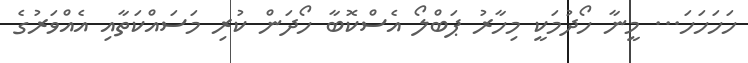
ހަހަހަހަ... މީނާ ހޯދުމަކީ މިހާރު ޕަބްލޯ އެސްކޮބާ ހޯދަން ކުރި މަސައްކަތާއި އެއްވަރުގެ